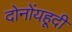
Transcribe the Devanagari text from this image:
दोनोंयहूदी